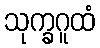
သုက္ခဂူထံ